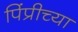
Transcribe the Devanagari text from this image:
पिंप्रीच्या